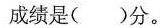
成绩是()分。